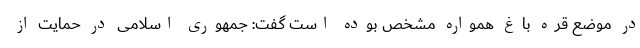
در موضع قره باغ همواره مشخص بوده است گفت: جمهوری اسلامی در حمایت از